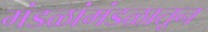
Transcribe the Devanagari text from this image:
मंडळांमंडळातून